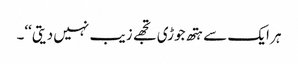
ہر ایک سے ہتھ جوڑی تجھے زیب نہیں دیتی‘‘۔